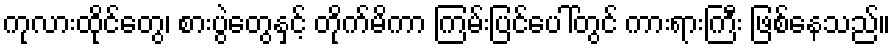
ကုလားထိုင်တွေ၊ စားပွဲတွေနှင့် တိုက်မိကာ ကြမ်းပြင်ပေါ်တွင် ကားရားကြီး ဖြစ်နေသည်။